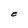
Character: e